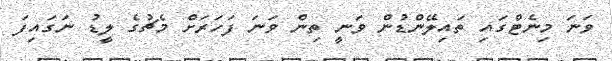
ވަނަ މިނެޓްގައި ތައިލޭންޑުން ވަނީ ތިން ވަނަ ފަހަރަށް މެޗުގެ ލީޑު ނަގައިފަ